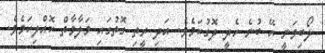
ލޯބިވަނީ އޭ ބުނެ ހެދީ ދޮގުކަމެވެ. އަދި ރީތި ގޮތުގައި މަލާމާތް ކޮއްލިކަމެވެ.